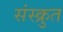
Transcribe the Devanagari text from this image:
संस्क्रुत